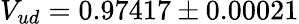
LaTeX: V_{ud}=0.97417\pm 0.00021